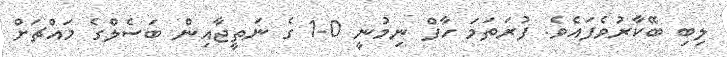
ލިބި ބޭކާރުވެފައެވެ. ފުރަތަމަ ހާފް ނިމުނީ 0-1 ގެ ނަތީޖާއިން ބަސެލްގެ މައްޗަށް